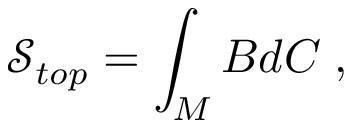
\mathcal { S } _ { t o p } = \int _ { M } B d C \; ,